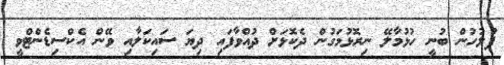
ފުލުހުން ބުނީ ހުޅުމާލޭ ނިރޮޅުމަގުން ދެކޮޅަށް ދުއްވާފައި ދިޔަ ސައިކަލާއި ވޭން އެކްސިޑެންޓްވީ